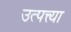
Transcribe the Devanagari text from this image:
उत्पत्त्या